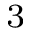
^ { 3 }